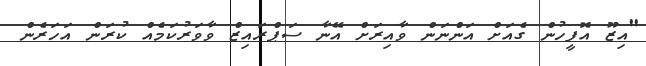
"އިޒޫ އޮފީހުން ގެއަށް އަންނަން ވާއިރަށް އޭނާ ސަޕްރައިޒް ވާވަރުކަމެއް ކުރަން އަހަރެން